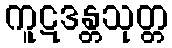
ကူဋဒန္တသုတ္တ